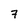
Character: 7